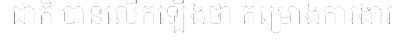
ជាតិ បានលើកឡើងថា គម្រោងការងារ